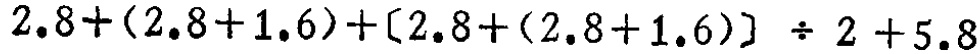
$2.8+(2.8 + 1.6)+[2.8+(2.8 + 1.6)]\div 2+5.8$